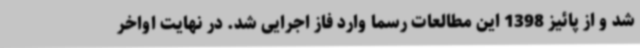
شد و از پائیز 1398 این مطالعات رسما وارد فاز اجرایی شد. در نهایت اواخر